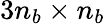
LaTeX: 3n_{b}\times n_{b}